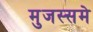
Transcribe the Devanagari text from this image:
मुजस्समे